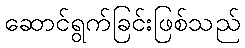
ဆောင်ရွက်ခြင်းဖြစ်သည်